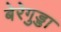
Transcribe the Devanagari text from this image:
बेरेगुड्डा